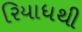
રિયાધથી